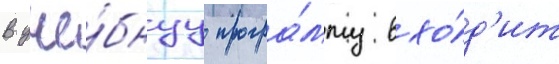
В уче́бнуу програ́мму вхо́д'ит